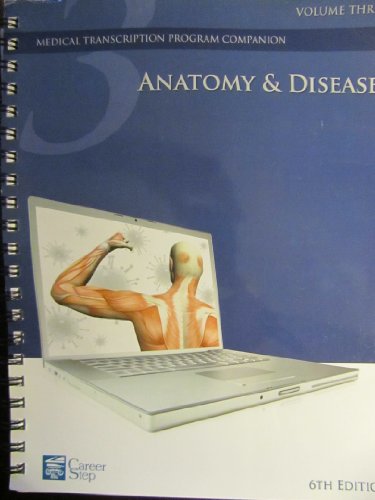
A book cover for Anatomy & Disease: Volume Three, 6th Edition (Career Step Medical Transcription Program Companion); LLC Career Step; Medical Books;